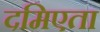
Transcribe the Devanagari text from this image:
दमिएता